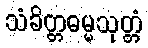
သံခိတ္တဓမ္မသုတ္တံ